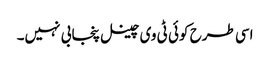
اسی طرح کوئی ٹی وی چینل پنجابی نہیں۔